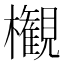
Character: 𣠤